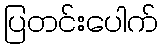
ပြတင်းပေါက်